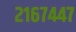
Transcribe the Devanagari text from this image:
२१६७४४७